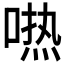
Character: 𱓰